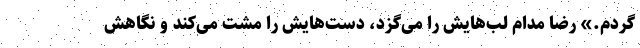
‌گردم.» رضا مدام لب‌هایش را می‌گزد، دست‌هایش را مشت می‌کند و نگاهش